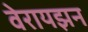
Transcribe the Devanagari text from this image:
वेरायझन